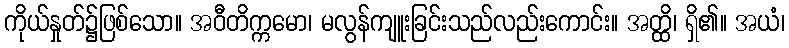
ကိုယ်နှုတ်၌ဖြစ်သော။ အဝီတိက္ကမော၊ မလွန်ကျူးခြင်းသည်လည်းကောင်း။ အတ္ထိ၊ ရှိ၏။ အယံ၊